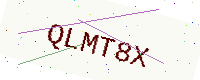
Text: QLMT8X